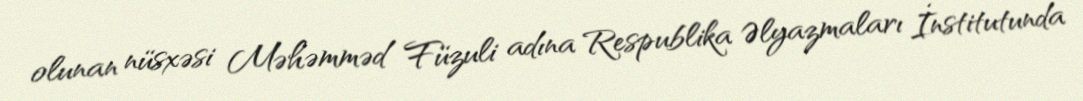
olunan nüsxəsi Məhəmməd Füzuli adına Respublika Əlyazmaları İnstitutunda